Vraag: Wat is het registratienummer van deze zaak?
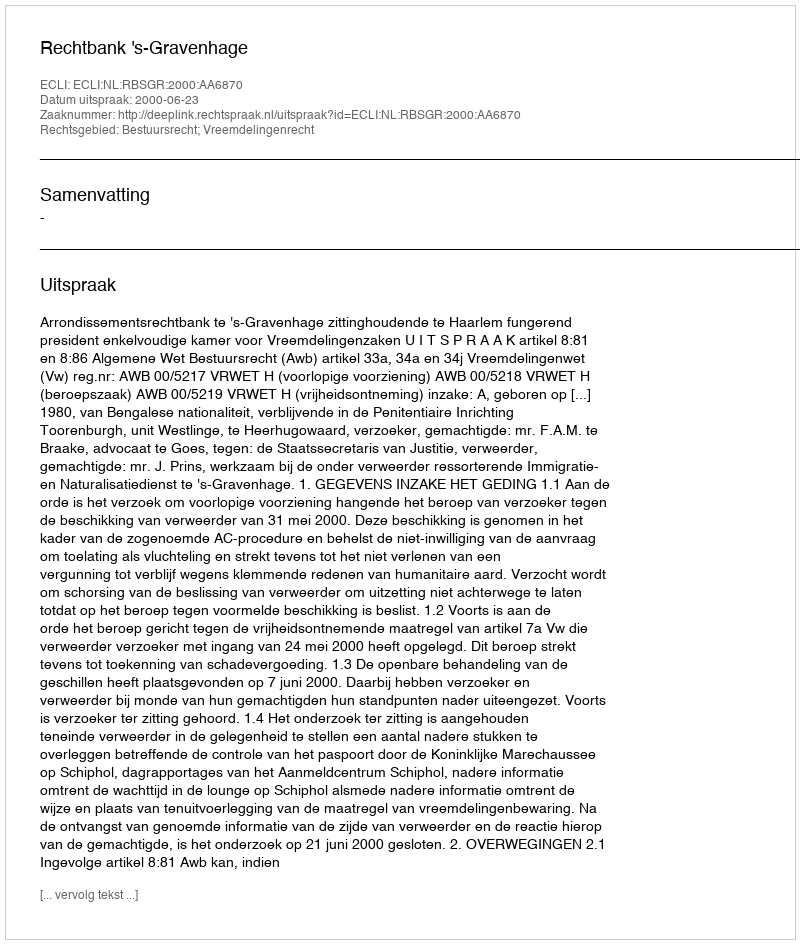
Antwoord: http://deeplink.rechtspraak.nl/uitspraak?id=ECLI:NL:RBSGR:2000:AA6870